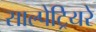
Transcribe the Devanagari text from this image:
साल्पेट्रियरे